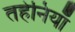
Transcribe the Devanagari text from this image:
तहेनियाँ